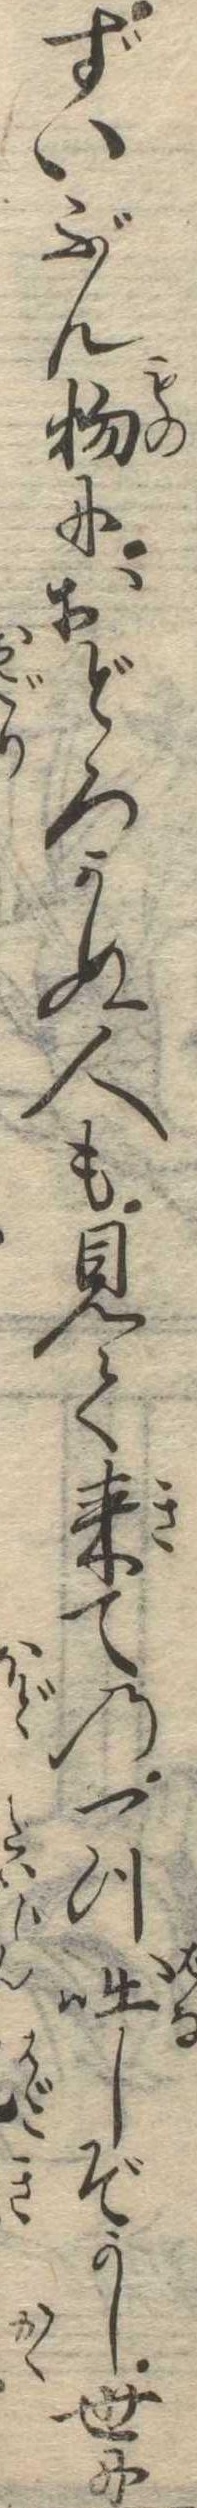
ずいぶん物におどろかぬ人も見て来ての一つ咄しぞかし世に